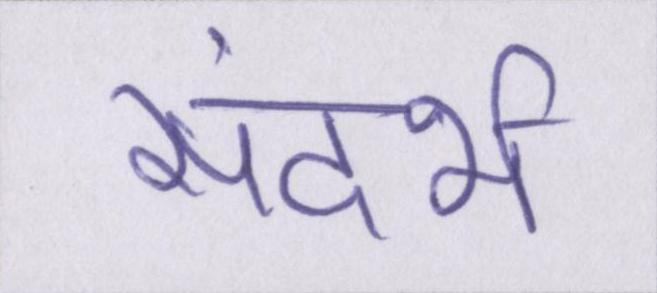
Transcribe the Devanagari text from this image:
संदर्भ